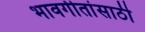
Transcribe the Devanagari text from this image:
भावगीतांसाठी